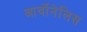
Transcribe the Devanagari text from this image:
आर्वोनेलिस